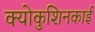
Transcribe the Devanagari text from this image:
क्योकुशिनकाई